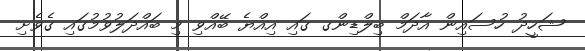
ޝަހީދު ހުސައިން އާދަމް ބިލްޑިންގ ގައި އިއްޔެ ބޭއްވި މި ބައްދަލުވުމުގައި ގެވެށި